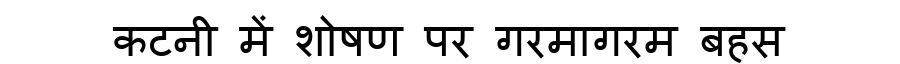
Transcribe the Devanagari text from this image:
कटनी में शोषण पर गरमागरम बहस